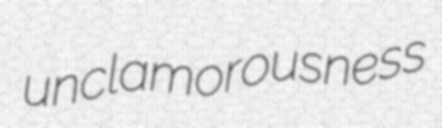
unclamorousness